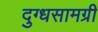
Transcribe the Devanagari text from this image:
दुग्धसामग्री